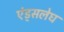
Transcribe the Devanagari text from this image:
एंड्सलेघ